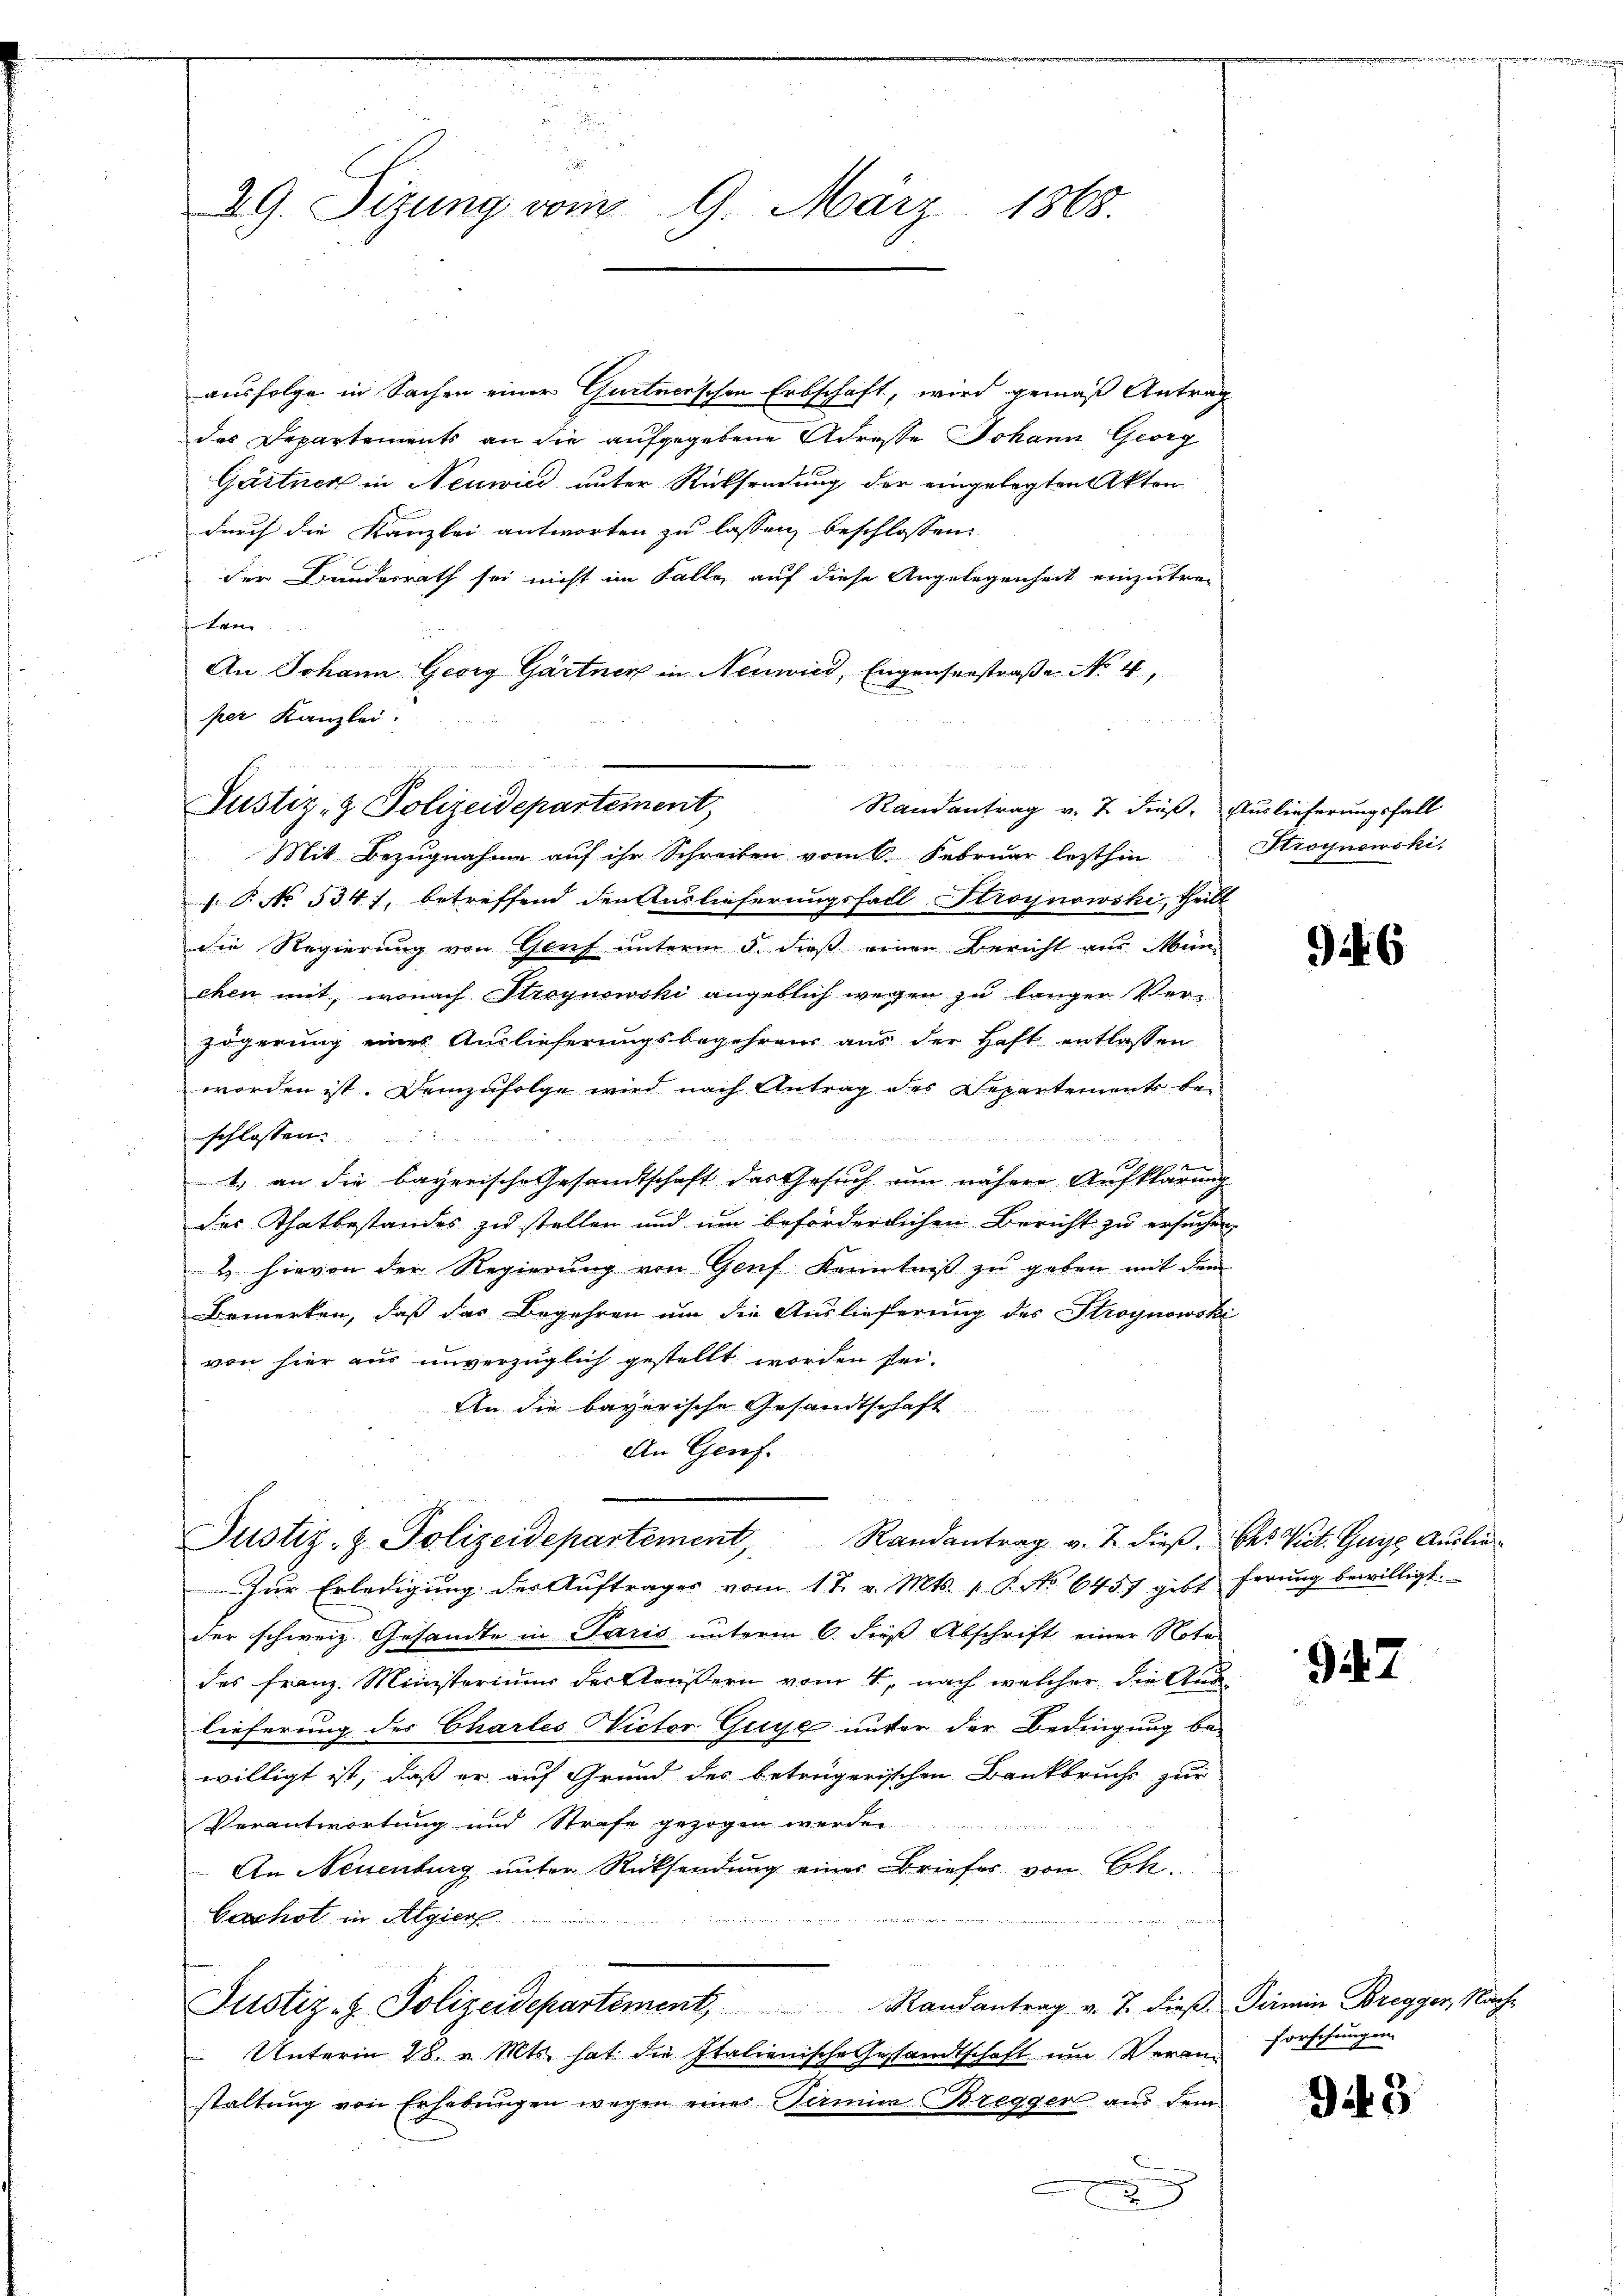
.
29. Sizung vom 9. März 1868.

ausfolge in Sachen einer Gurtnerschen Erbschaft, wird gemäß Antrag
des Departements an die aufgegebene Adreste Johann Georg
Gärtner in Neuwird unter Rücksendung der eingelegten Akten
durch die Kanzlei antworten zu lassen beschlossen:
der Bunderrath sei nicht im Falle, auf diese Angelegenheit einzutre-
tre
An Johann Georg Gärtner in Neuwied, Engenserstraße Nr. 4,
per Kanzlei
22. M
Mit Bezugnahme auf ihr Schreiben vom 6. Februar lezthin
. P. No 534), betreffend den Auslieferungsfall Stroynowski, theilt
die Regierung von Genf unterm 5. dieß einen Bericht aus München mit, wonach Stroynowski angeblich wegen zu langer Verzögerung eines Auslieferungsbegehrens aus der Haft entlassen
worden ist. Demzufolge wird nach Antrag des Departement beschlossen:
1) an die bayerische Gesandtschaft das Gesuch um nähere Aufklärung
das Thatbestandes zu stellen und um beförderlichen Bericht zu ersuchen,
& hievon der Regierung von Genf Kenntniß zu geben mit dem
Bemerken, daß das Begehren um die Auslieferung des Stroynowski
von hier aus unverzüglich gestellt worden sei.
An die bayerische Gesandtschaft
An Genf.
Justiz- & Polizeidepartement, Randantrag v. J. dieβ. Chr. Vict. Gute Auslie¬
Zŭr Erledigŭng der Aŭftrages vom 1 t v. Mts. 1. P. No 6457 gibt ferŭng bewilligt.
der schweiz. Gesandte in Paris unterm 6. dieß Abschrift einer Note
des Franz Ministerium der Aeußern vom 4. nach welcher die Auslieferung des Charles Victor Guye unter der Bedingung be-
willigt ist, daß er auf Grund des betrügerischen Bankbruchs zur
Verantwortung und Strafe gezogen werden
An Neuenburg unter Rücksendung einer Briefes von Ch.
Exechst in Algier
unnen, nich
ei
Justiz- & Polizeidepartement, Randantrag v. J. dieβ. Termin Bregger, Nach¬
Unterm 28. v. Mts. hat die Italienische Gesandtschaft um Veranstaltung von Erhebungen wegen eines Termica Bregger aus dem

Justiz- & Polizeidepartement Randantrag v. 7. dieß. Auslieferungsfall

Stroynowski.

it 6

947

forschungen

9it 3